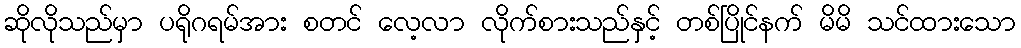
ဆိုလိုသည်မှာ ပရိုဂရမ်အား စတင် လေ့လာ လိုက်စားသည်နှင့် တစ်ပြိုင်နက် မိမိ သင်ထားသော